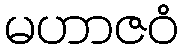
မဟာဇဝံ